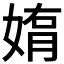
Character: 𫱄